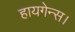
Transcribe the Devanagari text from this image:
हायगेन्स।